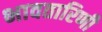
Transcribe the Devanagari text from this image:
भावतारिणी